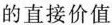
的直接价值